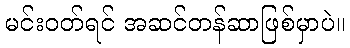
မင်းဝတ်ရင် အဆင်တန်ဆာဖြစ်မှာပဲ။